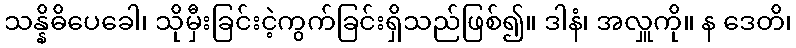
သန္နိဓိပေခေါ၊ သိုမှီးခြင်းငဲ့ကွက်ခြင်းရှိသည်ဖြစ်၍။ ဒါနံ၊ အလှူကို။ န ဒေတိ၊